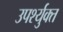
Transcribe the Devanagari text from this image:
उपर्श्युक्त